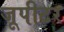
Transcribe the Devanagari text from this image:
जूपीटर